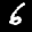
Label: 6